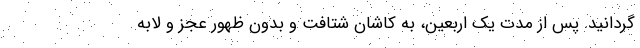
گردانید. پس از مدت یک اربعین، به کاشان شتافت و بدون ظهور عجز و لابه